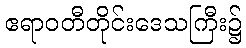
ဧရာဝတီတိုင်းဒေသကြီး၌